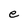
Character: e